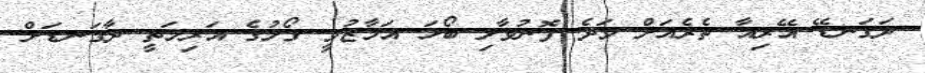
ދަގަނޑޭ އޭރިއާ ތެރެއަށް ވަދެ ފޮނުވާލި ބޯޅަ އަމާޒުވީ ގޯލުގެ އަރިމަތީ ދާގަނޑަށް.